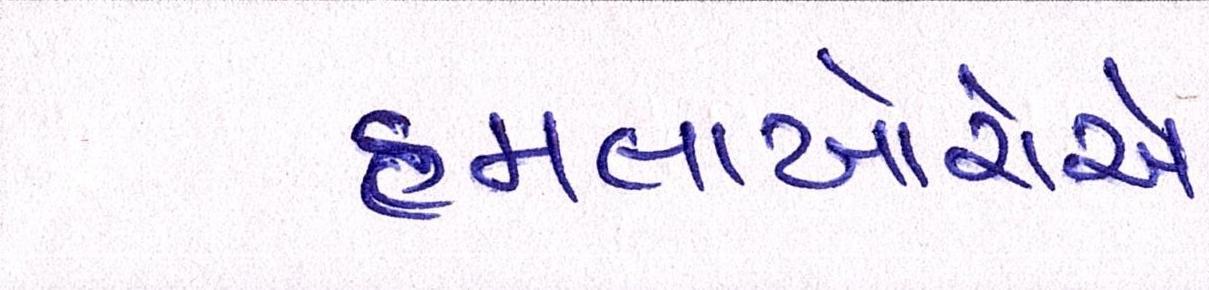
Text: હુમલાખોરોએ